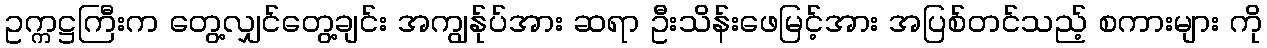
ဥက္ကဋ္ဌကြီးက တွေ့လျှင်တွေ့ချင်း အကျွန်ုပ်အား ဆရာ ဦးသိန်းဖေမြင့်အား အပြစ်တင်သည့် စကားများ ကို